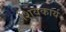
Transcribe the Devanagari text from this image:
शिवकार्य